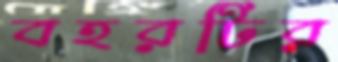
বহরটির